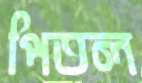
পিতল